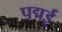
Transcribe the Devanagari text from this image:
पद्मई